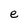
Character: e